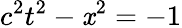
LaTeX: c^{2}t^{2}-\mathit{x}^{2}=-1